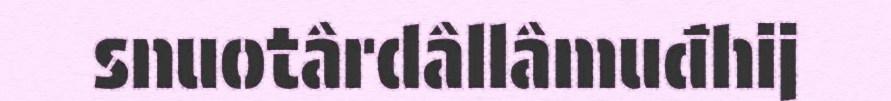
snuotârdâllâmuđhij